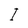
Character: I